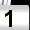
Digit: 1